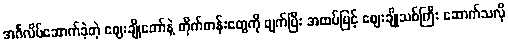
အင်္ဂလိပ်ဆောက်ခဲ့တဲ့ ဈေးချိုတော်နဲ့ တိုက်တန်းတွေကို ဖျက်ပြီး အထပ်မြင့် ဈေးချိုသစ်ကြီး ဆောက်သလို